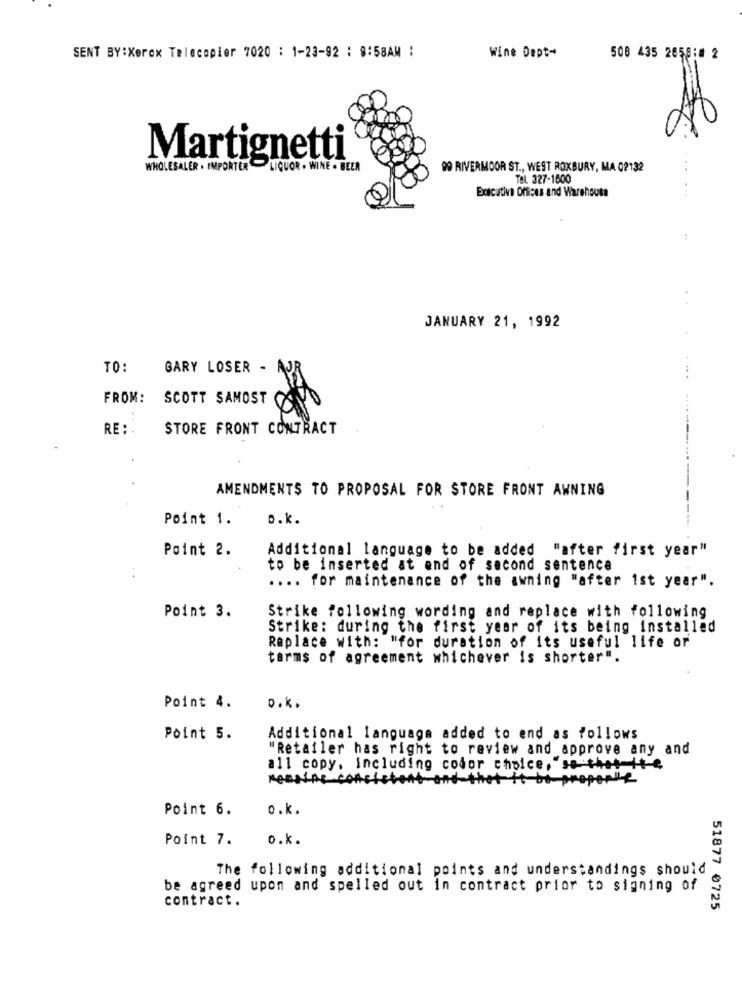
SENT BY:Xerox Telecopier 7020 : 1-23-92 : 9:58AM :
Wine Dept-
508 435 2658:8 2
Martignetti
WHOLESALER . IMPORTER LIQUOR . WINE . BEER
90 RIVERMOOR ST ., WEST ROXBURY, MA 02132
..
Tel. 327-1600
...
Executive Offices and Warehouse
JANUARY 21, 1992
TO:
GARY LOSER -
FROM:
SCOTT SAMOST
RE: .
STORE FRONT CONTRACT
AMENDMENTS TO PROPOSAL FOR STORE FRONT AWNING
Point 1.
o.k.
Point 2.
Additional language to be added "after first year"
to be inserted at end of second sentence
.... for maintenance of the awning "after ist year".
Point 3.
Strike following wording and replace with following
Strike: during the first year of its being installed
Replace with: "for duration of its useful life or
terms of agreement whichever is shorter".
Point 4.
o.K.
Point 5.
Additional language added to end as follows
"Retailer has right to review and approve any and
all copy, including codor choice, "so thet-it-4
ressing
Point 6.
o.k.
Point 7.
o.k.
The following additional points and understandings should
be agreed upon and spelled out in contract prior to signing of
contract.
51877 0725